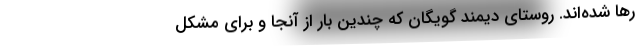
رها شده‌اند. روستای دیمند گویگان که چندین بار از آنجا و برای مشکل